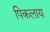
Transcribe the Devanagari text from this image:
पिकलाय